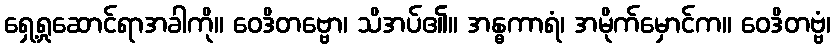
ရှေ့ရှုဆောင်ရာအခါကို။ ဝေဒိတဗ္ဗော၊ သိအပ်၏။ အန္ဓကာရံ၊ အမိုက်မှောင်က။ ဝေဒိတဗ္ဗံ၊